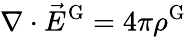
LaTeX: \nabla\cdot{\vec{E}}^{\mathrm{G}}=4\pi\rho^{\mathrm{G}}